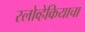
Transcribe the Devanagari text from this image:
स्लोव्हेकियाचा